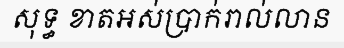
សុទ្ធ ខាតអស់ប្រាក់រាល់លាន